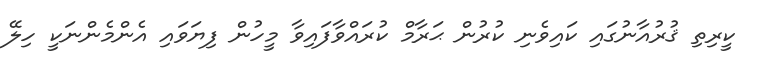
ކީރިތި ޤުރުއާނުގައި ކައިވެނި ކުރުން ޙަރާމް ކުރައްވާފައިވާ މީހުން ފިޔަވައި އެންމެންނަކީ ހިލޭ